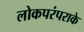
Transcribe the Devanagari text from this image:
लोकपरंपराके